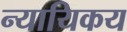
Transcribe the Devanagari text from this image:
न्यायिकय